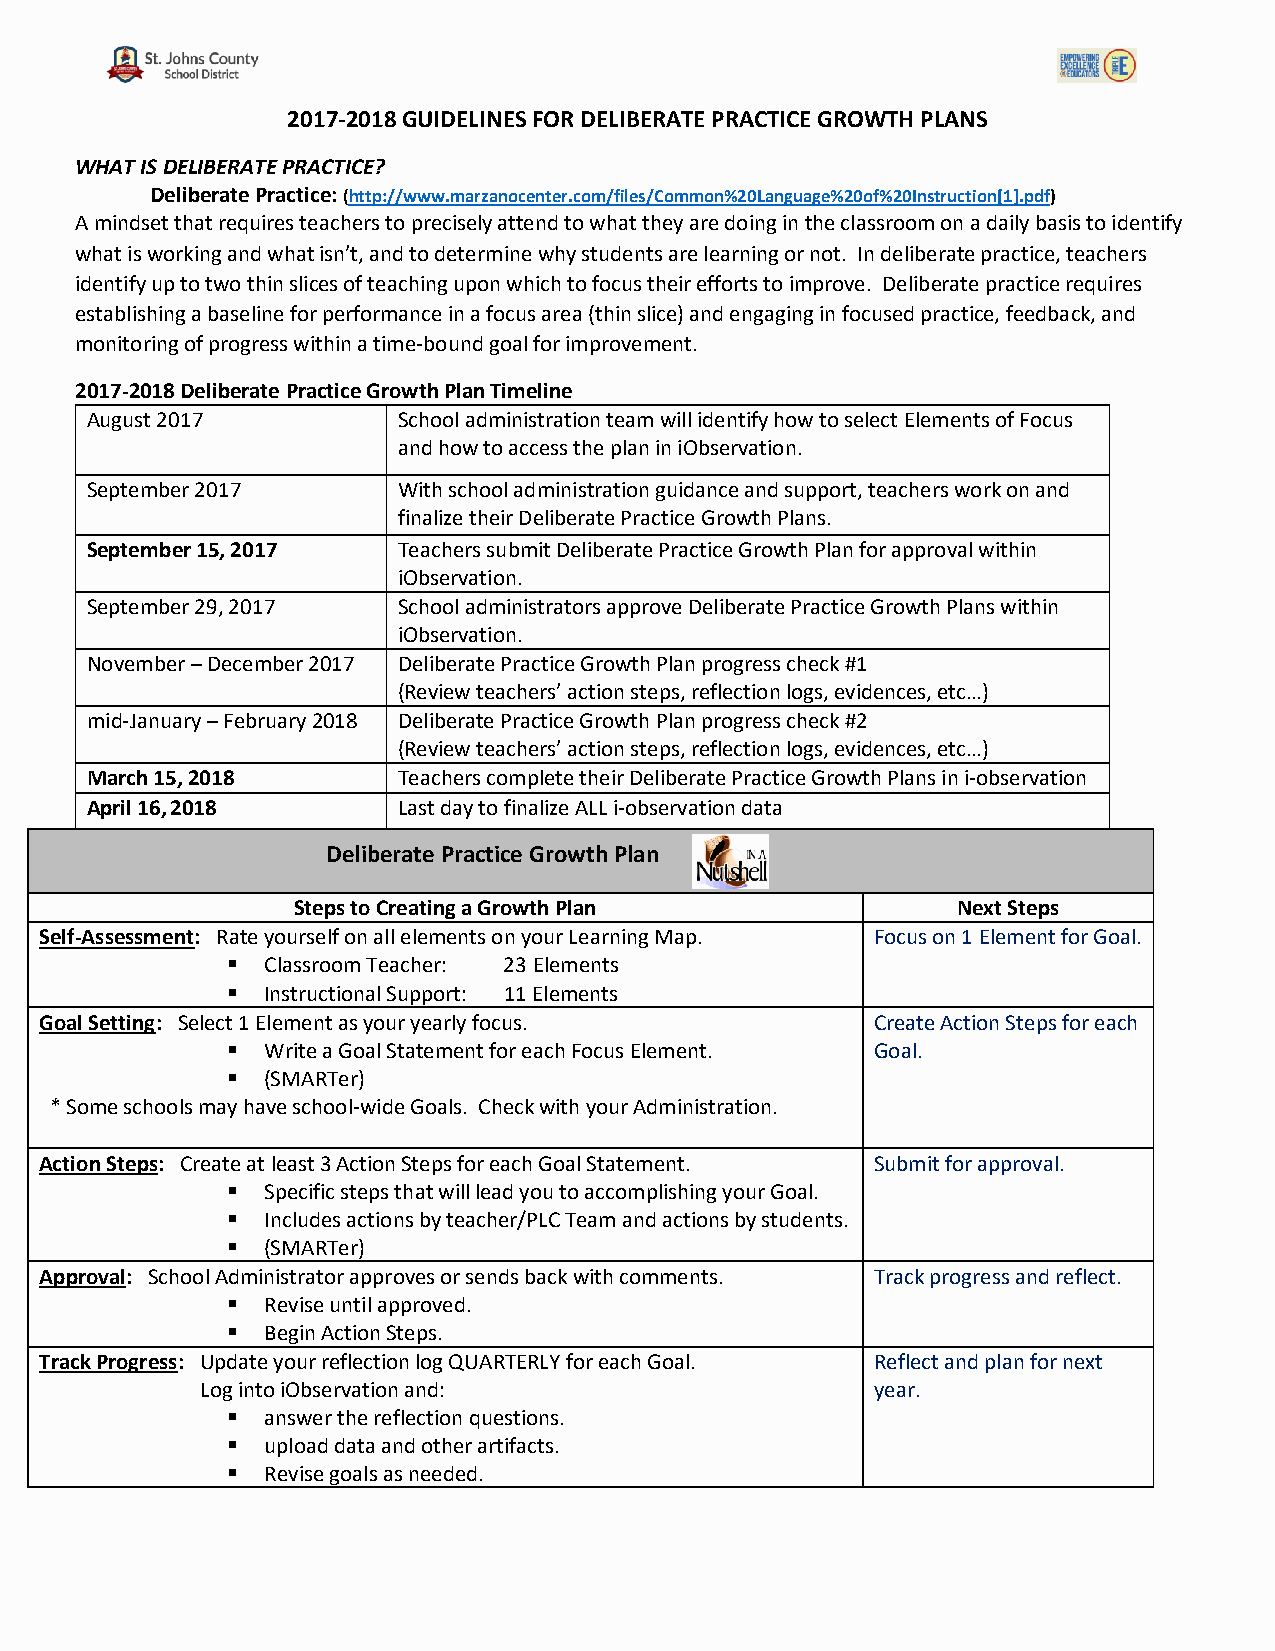
2017-2018 GUIDELINES FOR DELIBERATE PRACTICE GROWTH PLANS
 WHAT IS DELIBERATE PRACTICE?
 Deliberate Practice: (http://www.marzanocenter.com/files/Common%20Language%20of%20Instruction[1].pdf)
 A mindset that requires teachers to precisely attend to what they are doing in the classroom on a daily basis to identify
 what is working and what isn’t, and to determine why students are learning or not. In deliberate practice, teachers
 identify up to two thin slices of teaching upon which to focus their efforts to improve. Deliberate practice requires
 establishing a baseline for performance in a focus area (thin slice) and engaging in focused practice, feedback, and
 monitoring of progress within a time-bound goal for improvement.
 2017-2018 Deliberate Practice Growth Plan Timeline
 August 2017         School administration team will identify how to select Elements of Focus
 and how to access the plan in iObservation.
 September 2017      With school administration guidance and support, teachers work on and
 finalize their Deliberate Practice Growth Plans.
 September 15, 2017  Teachers submit Deliberate Practice Growth Plan for approval within
 iObservation.
 September 29, 2017  School administrators approve Deliberate Practice Growth Plans within
 iObservation.
 November – December 2017 Deliberate Practice Growth Plan progress check #1
 (Review teachers’ action steps, reflection logs, evidences, etc…)
 mid-January – February 2018 Deliberate Practice Growth Plan progress check #2
 (Review teachers’ action steps, reflection logs, evidences, etc…)
 March 15, 2018      Teachers complete their Deliberate Practice Growth Plans in i-observation
 April 16, 2018      Last day to finalize ALL i-observation data
 Del iberate Practice Growth Plan
 Steps to Creating a Growth Plan             Next Steps
 Self-Assessment: Rate yourself on all elements on your Learning Map. Focus on 1 Element for Goal.
  Classroom Teacher: 23 Elements
  Instructional Support: 11 Elements
 Goal Setting: Select 1 Element as your yearly focus.   Create Action Steps for each
  Write a Goal Statement for each Focus Element. Goal.
  (SMARTer)
 * Some schools may have school-wide Goals. Check with your Administration.
 Action Steps: Create at least 3 Action Steps for each Goal Statement. Submit for approval.
  Specific steps that will lead you to accomplishing your Goal.
  Includes actions by teacher/PLC Team and actions by students.
  (SMARTer)
 Approval: School Administrator approves or sends back with comments. Track progress and reflect.
  Revise until approved.
  Begin Action Steps.
 Track Progress: Update your reflection log QUARTERLY for each Goal. Reflect and plan for next
 Log into iObservation and:                   year.
  answer the reflection questions.
  upload data and other artifacts.
  Revise goals as needed.